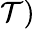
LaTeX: \mathcal{T})